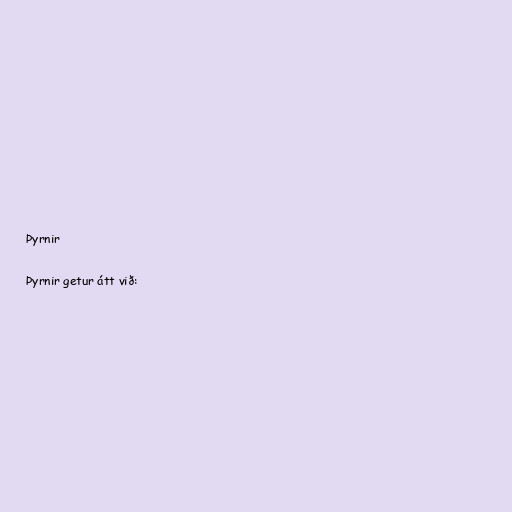
Þyrnir

Þyrnir getur átt við: